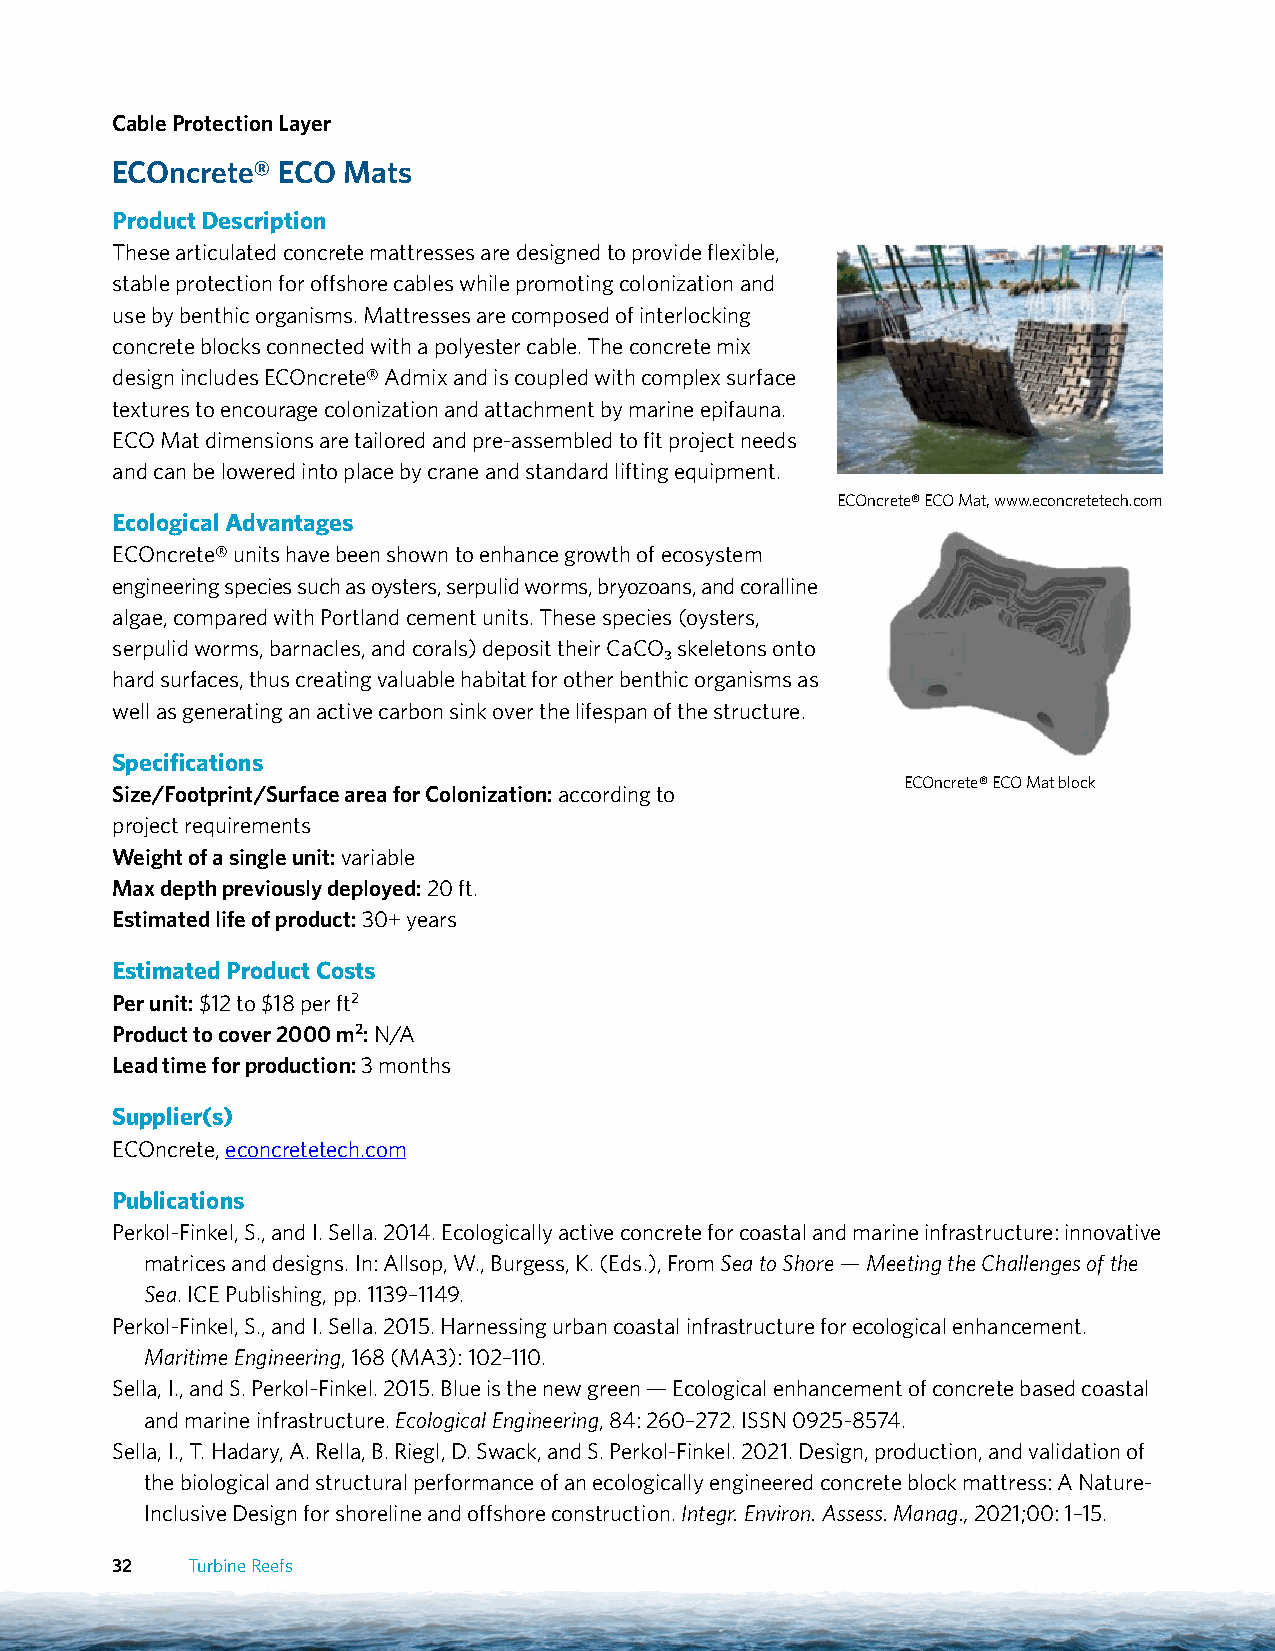
Cable Protection Layer
 ECOncrete® ECO  Mats
 Product Description
 These articulated concrete mattresses are designed to provide flexible,
 stable protection for offshore cables while promoting colonization and
 use by benthic organisms. Mattresses are composed of interlocking
 concrete blocks connected with a polyester cable. The concrete mix
 design includes ECOncrete® Admix and is coupled with complex surface
 textures to encourage colonization and attachment by marine epifauna.
 ECO Mat dimensions are tailored and pre-assembled to fit project needs
 and can be lowered into place by crane and standard lifting equipment.
 ECOncrete® ECO Mat, www.econcretetech.com
 Ecological Advantages
 ECOncrete® units have been shown to enhance growth of ecosystem
 engineering species such as oysters, serpulid worms, bryozoans, and coralline
 algae, compared with Portland cement units. These species (oysters,
 serpulid worms, barnacles, and corals) deposit their CaCO₃ skeletons onto
 hard surfaces, thus creating valuable habitat for other benthic organisms as
 well as generating an active carbon sink over the lifespan of the structure.
 Specifications
 ECOncrete® ECO Mat block
 Size/Footprint/Surface area for Colonization: according to
 project requirements
 Weight of a single unit: variable
 Max depth previously deployed: 20 ft.
 Estimated life of product: 30+ years
 Estimated Product Costs
 Per unit: $12 to $18 per ft2
 Product to cover 2000 m2: N/A
 Lead time for production: 3 months
 Supplier(s)
 ECOncrete, econcretetech.com
 Publications
 Perkol-Finkel, S., and I. Sella. 2014. Ecologically active concrete for coastal and marine infrastructure: innovative
 matrices and designs. In: Allsop, W., Burgess, K. (Eds.), From Sea to Shore — Meeting the Challenges of the
 Sea. ICE Publishing, pp. 1139–1149.
 Perkol-Finkel, S., and I. Sella. 2015. Harnessing urban coastal infrastructure for ecological enhancement.
 Maritime Engineering, 168 (MA3): 102–110.
 Sella, I., and S. Perkol-Finkel. 2015. Blue is the new green — Ecological enhancement of concrete based coastal
 and marine infrastructure. Ecological Engineering, 84: 260–272. ISSN 0925-8574.
 Sella, I., T. Hadary, A. Rella, B. Riegl, D. Swack, and S. Perkol-Finkel. 2021. Design, production, and validation of
 the biological and structural performance of an ecologically engineered concrete block mattress: A Nature-
 Inclusive Design for shoreline and offshore construction. Integr. Environ. Assess. Manag., 2021;00: 1–15.
 32   Turbine Reefs